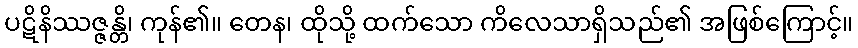
ပဋိနိဿဇ္ဇန္တိ၊ ကုန်၏။ တေန၊ ထိုသို့ ထက်သော ကိလေသာရှိသည်၏ အဖြစ်ကြောင့်။